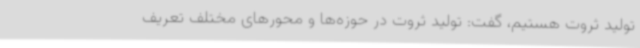
تولید ثروت هستیم، گفت: تولید ثروت در حوزه‌ها و محورهای مختلف تعریف